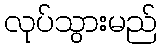
လုပ်သွားမည်